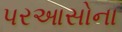
પરઆસોના